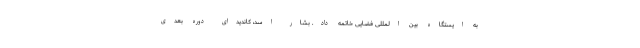
به ایستگاه بین المللی فضایی خاتمه داد. بشار اسد، کاندیدای دوره بعدی